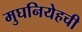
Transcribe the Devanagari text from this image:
मुघनियेहची